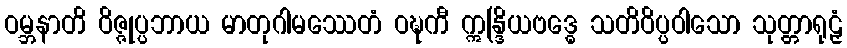
ဝမ္ဘနာတိ ဝိဇ္ဇုပ္ပဘာယ မာတုဂါမဿေတံ ဝဍ္ဎကီ ဣန္ဒြိယဗဒ္ဓေ သတိဝိပ္ပဝါသော သုတ္တာရုဠှံ